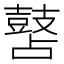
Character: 䵿